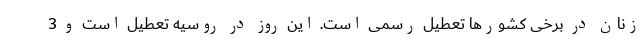
زنان در برخی کشورها تعطیل رسمی است. این روز در روسیه تعطیل است و 3